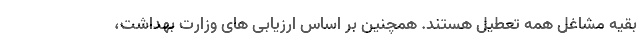
بقیه مشاغل همه تعطیل هستند. همچنین بر اساس ارزیابی های وزارت بهداشت،